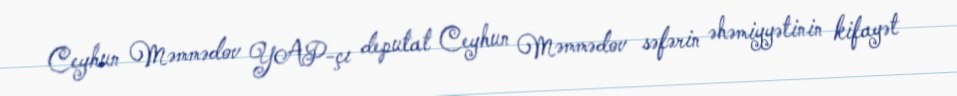
Ceyhun Məmmədov YAP-çı deputat Ceyhun Məmmədov səfərin əhəmiyyətinin kifayət